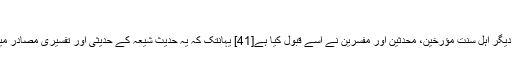
[40]
ان کے بعد آنے والے دیگر اہل سنت مؤرخین، محدّثین اور مفسرین نے اسے قبول کیا ہے[41] یہانتک کہ یہ حدیث شیعہ کے حدیثی اور تفسیری مصادر میں بھی پائی جاتی ہے۔